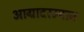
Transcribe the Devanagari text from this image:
आग्रादरम्यान